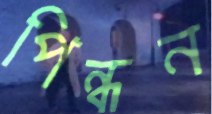
পিন্ধন